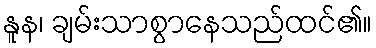
နူန၊ ချမ်းသာစွာနေသည်ထင်၏။